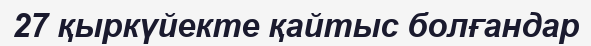
27 қыркүйекте қайтыс болғандар